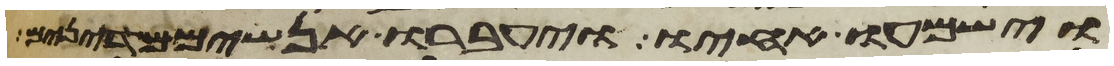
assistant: וישמעו אחיו ויעברו אנשים מדינים